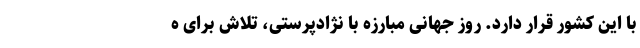
با این کشور قرار دارد. روز جهانی مبارزه با نژادپرستی، تلاش برای ه